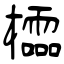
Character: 櫺